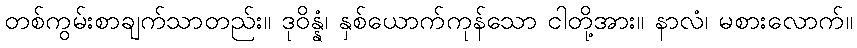
တစ်ကွမ်းစာချက်သာတည်း။ ဒုဝိန္နံ၊ နှစ်ယောက်ကုန်သော ငါတို့အား။ နာလံ၊ မစားလောက်။